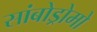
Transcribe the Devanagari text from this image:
सांबोड्रोमो